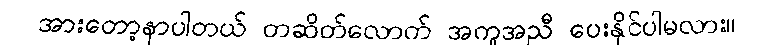
အားတော့နာပါတယ် တဆိတ်လောက် အကူအညီ ပေးနိုင်ပါမလား။